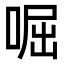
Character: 啒